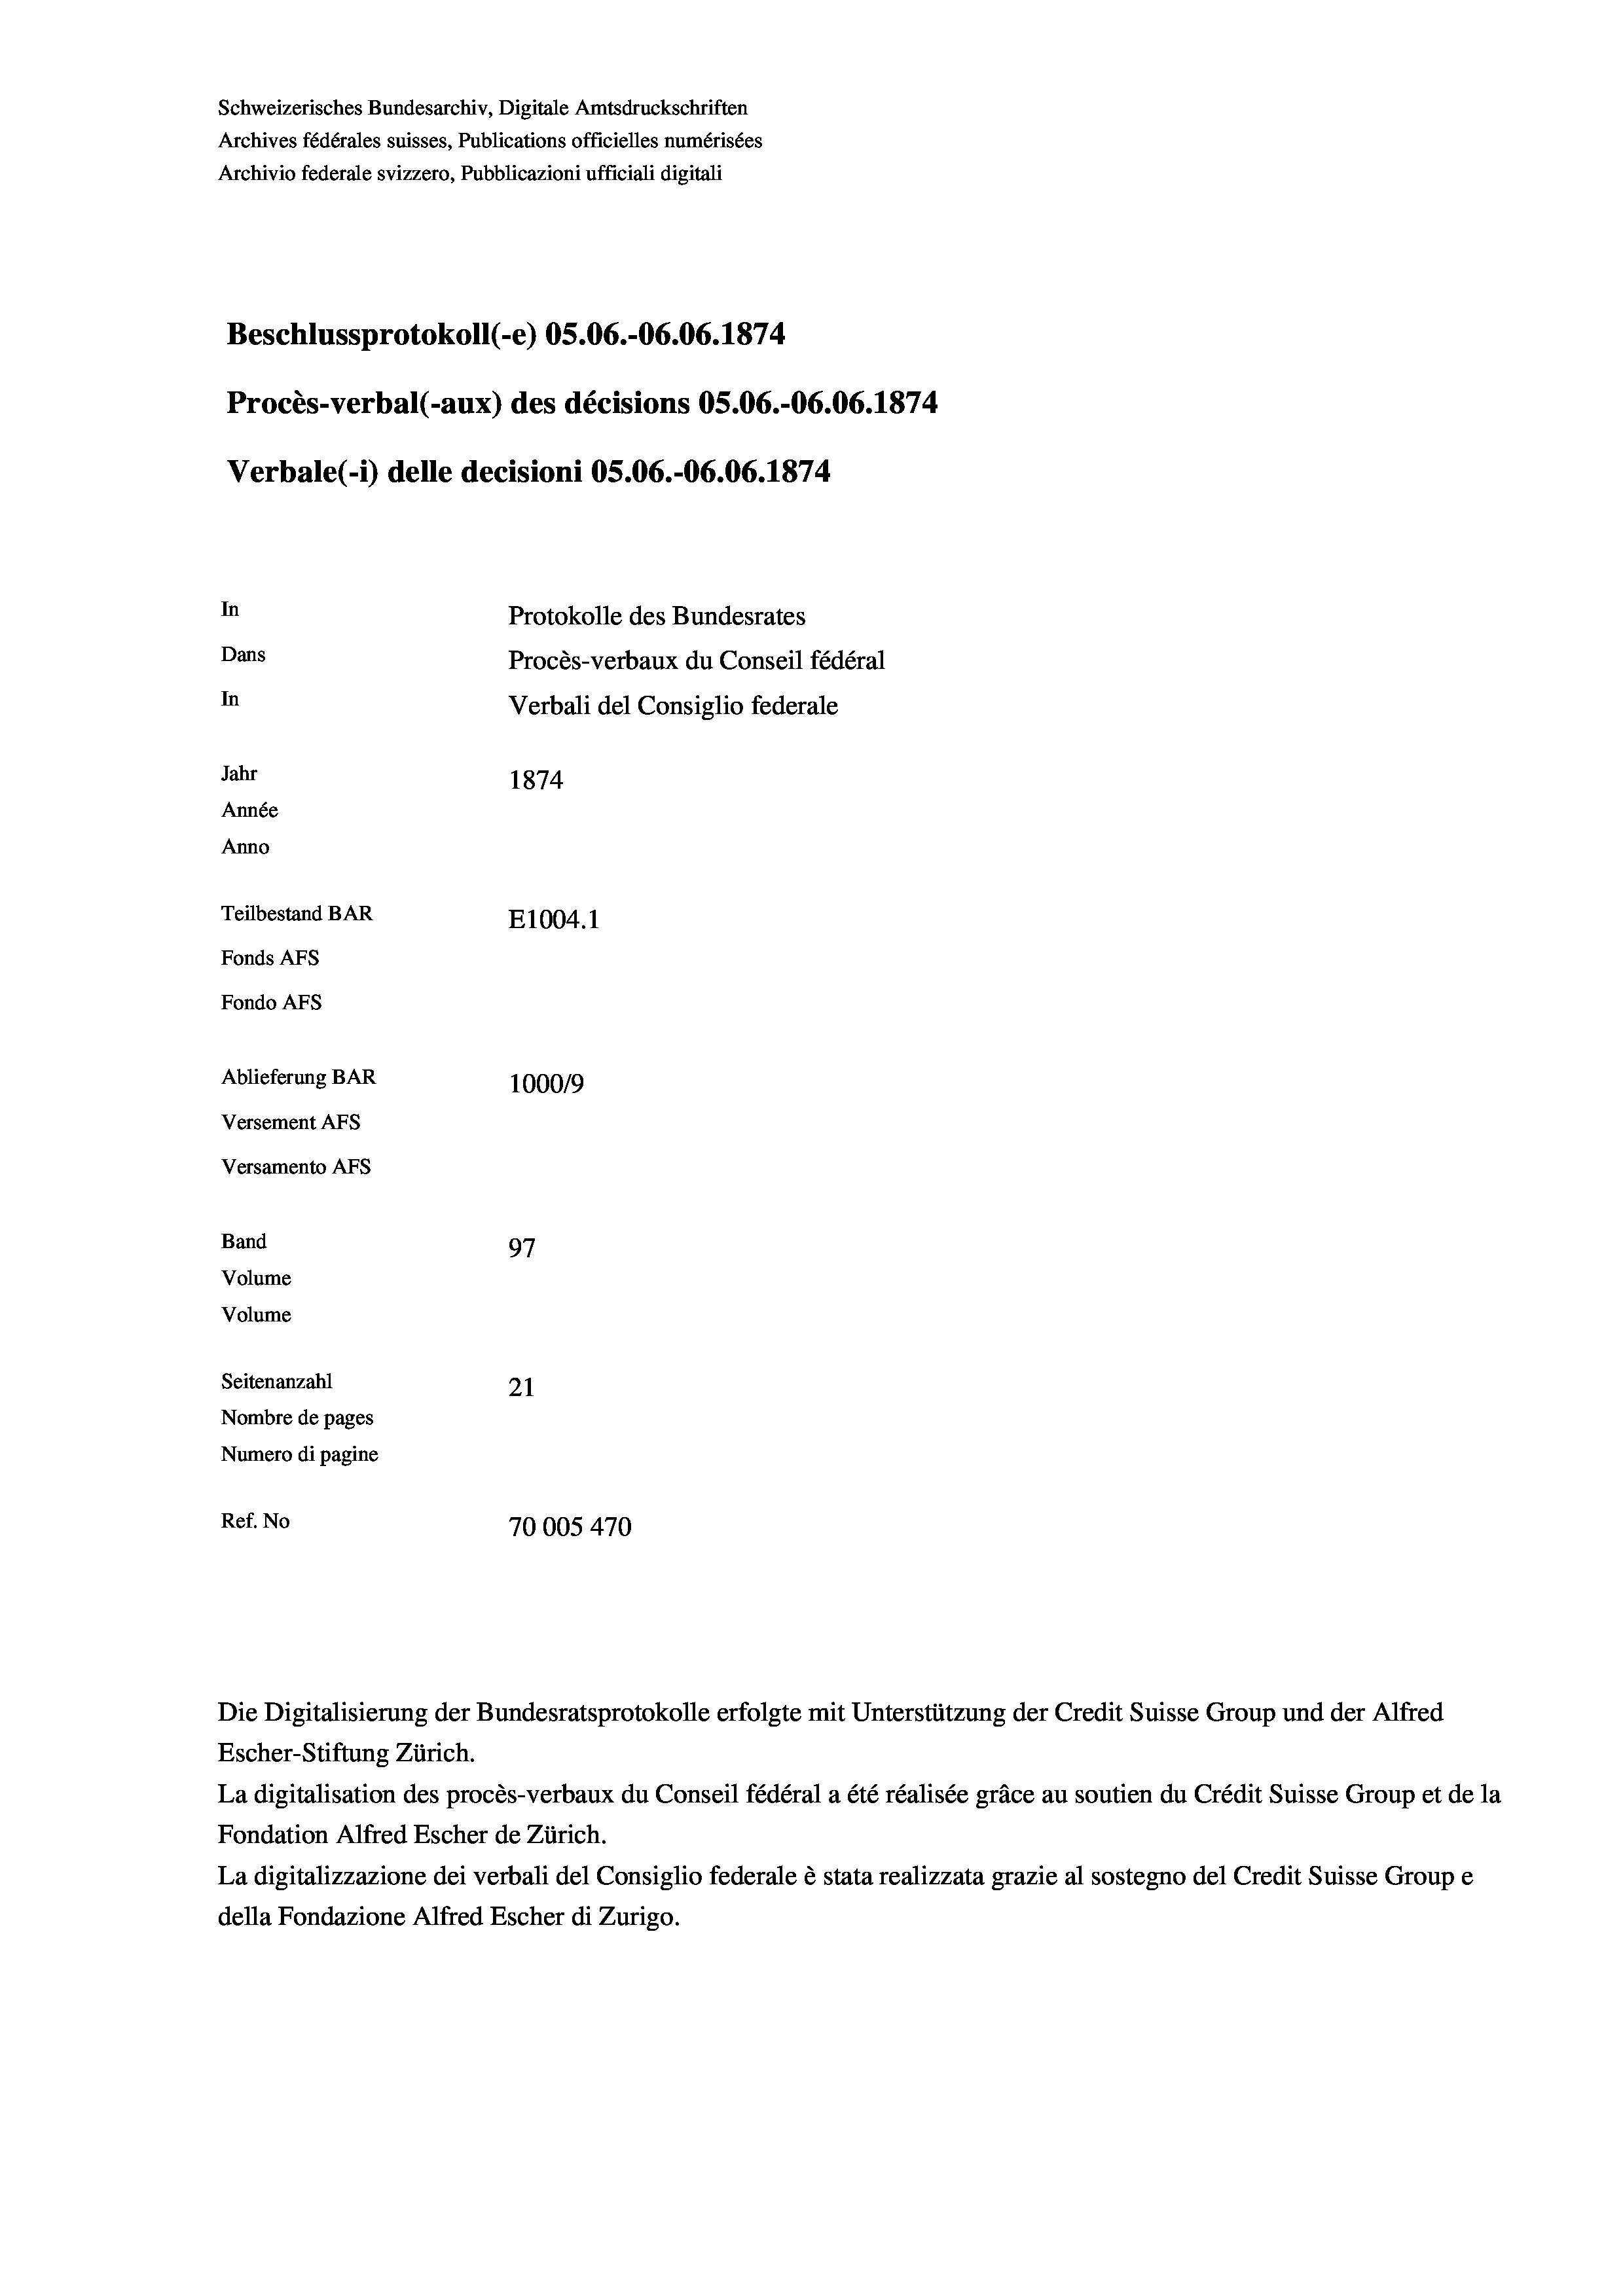
Schweizerisches Bundesarchiv, Digitale Amtsdruckschriften
Archives fédérales suisses, Publications officielles numérisées
Archivio federale svizzero, Pubblicazioni ufficiali digitali
Beschlussprotokoll (-e) OS.06.-06.06. 1874
Procès-verbal (-aux) des décisions OS.06.-06.06. 1874.
Verbale (i) delle decisioni OS.06.-06.06. 1874
In
Protokolle des Bundesrates
Dans
Procès-verbaux du Conseil fédéral
In
Verbali del Consiglio federale
Jahr
1874
Année
Anno
Teilbestand BAR
E1004. 1
Fonds AFs
Fondo Afs
Ablieferung BAR
100019
Versement AFs
Versamento AFS

97
Seitenanzahl
21
Nombre de pages
Numero di pagine
Ref. No
70005470

Band
Volume

Volume

Die Digitalisierung der Bundesratsprotokolle erfolgte mit Unterstützung der Credit Suisse Group und der Alfred
Escher-Stiftung Zürich.
La digitalisation des procès-verbaux du Conseil fédéral a été réalisée gräce au soutien du Crédit Suisse Group et de la
Fondation Alfred Escher de Zürich.
La digitalizzazione dei verbali del Consiglio federale è stata realizzata grazie al sostegno del Credit Suisse Groupe
della Fondazione Alfred Escher di Zurigo.